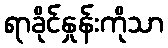
ရာခိုင်နှုန်းကိုသာ